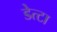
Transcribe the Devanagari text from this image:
डेत्टा